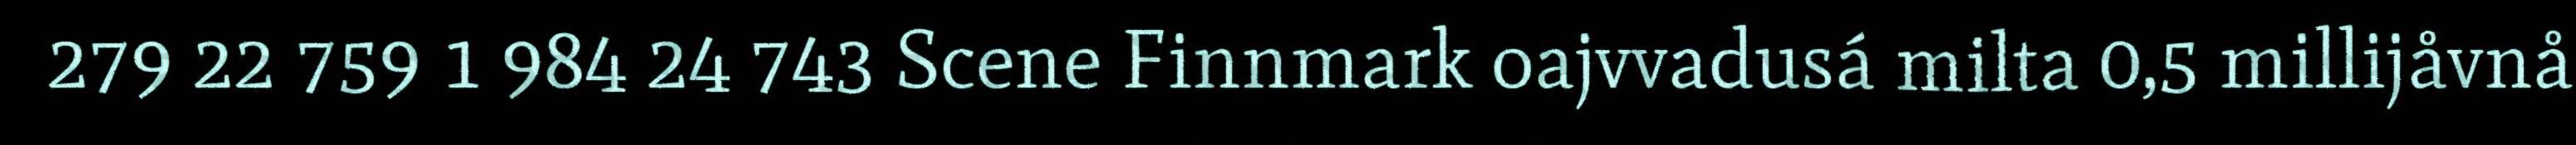
279 22 759 1 984 24 743 Scene Finnmark oajvvadusá milta 0,5 millijåvnå